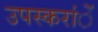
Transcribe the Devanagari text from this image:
उपस्करांें